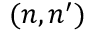
( n , n ^ { \prime } )